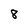
Character: 8